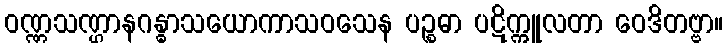
ဝဏ္ဏသဏ္ဌာနဂန္ဓာသယောကာသဝသေန ပဉ္စဓာ ပဋိက္ကူလတာ ဝေဒိတဗ္ဗာ။